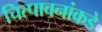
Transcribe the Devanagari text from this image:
चित्पावनांकडे